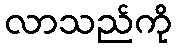
လာသည်ကို